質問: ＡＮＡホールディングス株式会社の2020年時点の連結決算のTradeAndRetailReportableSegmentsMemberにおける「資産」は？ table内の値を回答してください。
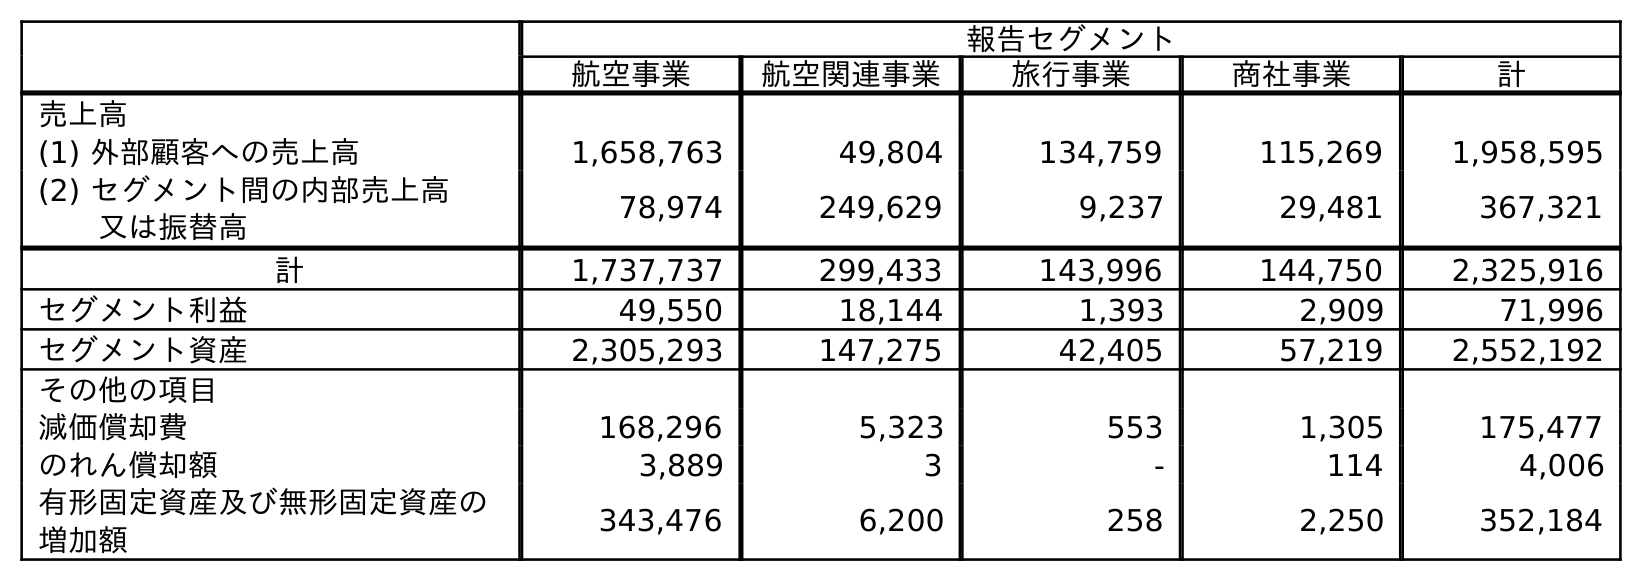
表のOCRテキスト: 報告セグメント 航空事業 航空関連事業 旅行事業 商社事業 計 売上高 (1) 外部顧客への売上高 1,658,763 49,804 134,759 115,269 1,958,595 (2) セグメント間の内部売上高 又は振替高 78,974 249,629 9,237 29,481 367,321 計 1,737,737 299,433 143,996 144,750 2,325,916 セグメント利益 49,550 18,144 1,393 2,909 71,996 セグメント資産 2,305,293 147,275 42,405 57,219 2,552,192 その他の項目 減価償却費 168,296 5,323 553 1,305 175,477 のれん償却額 3,889 3 - 114 4,006 有形固定資産及び無形固定資産の 増加額 343,476 6,200 258 2,250 352,184
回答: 57,219